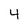
Character: 4